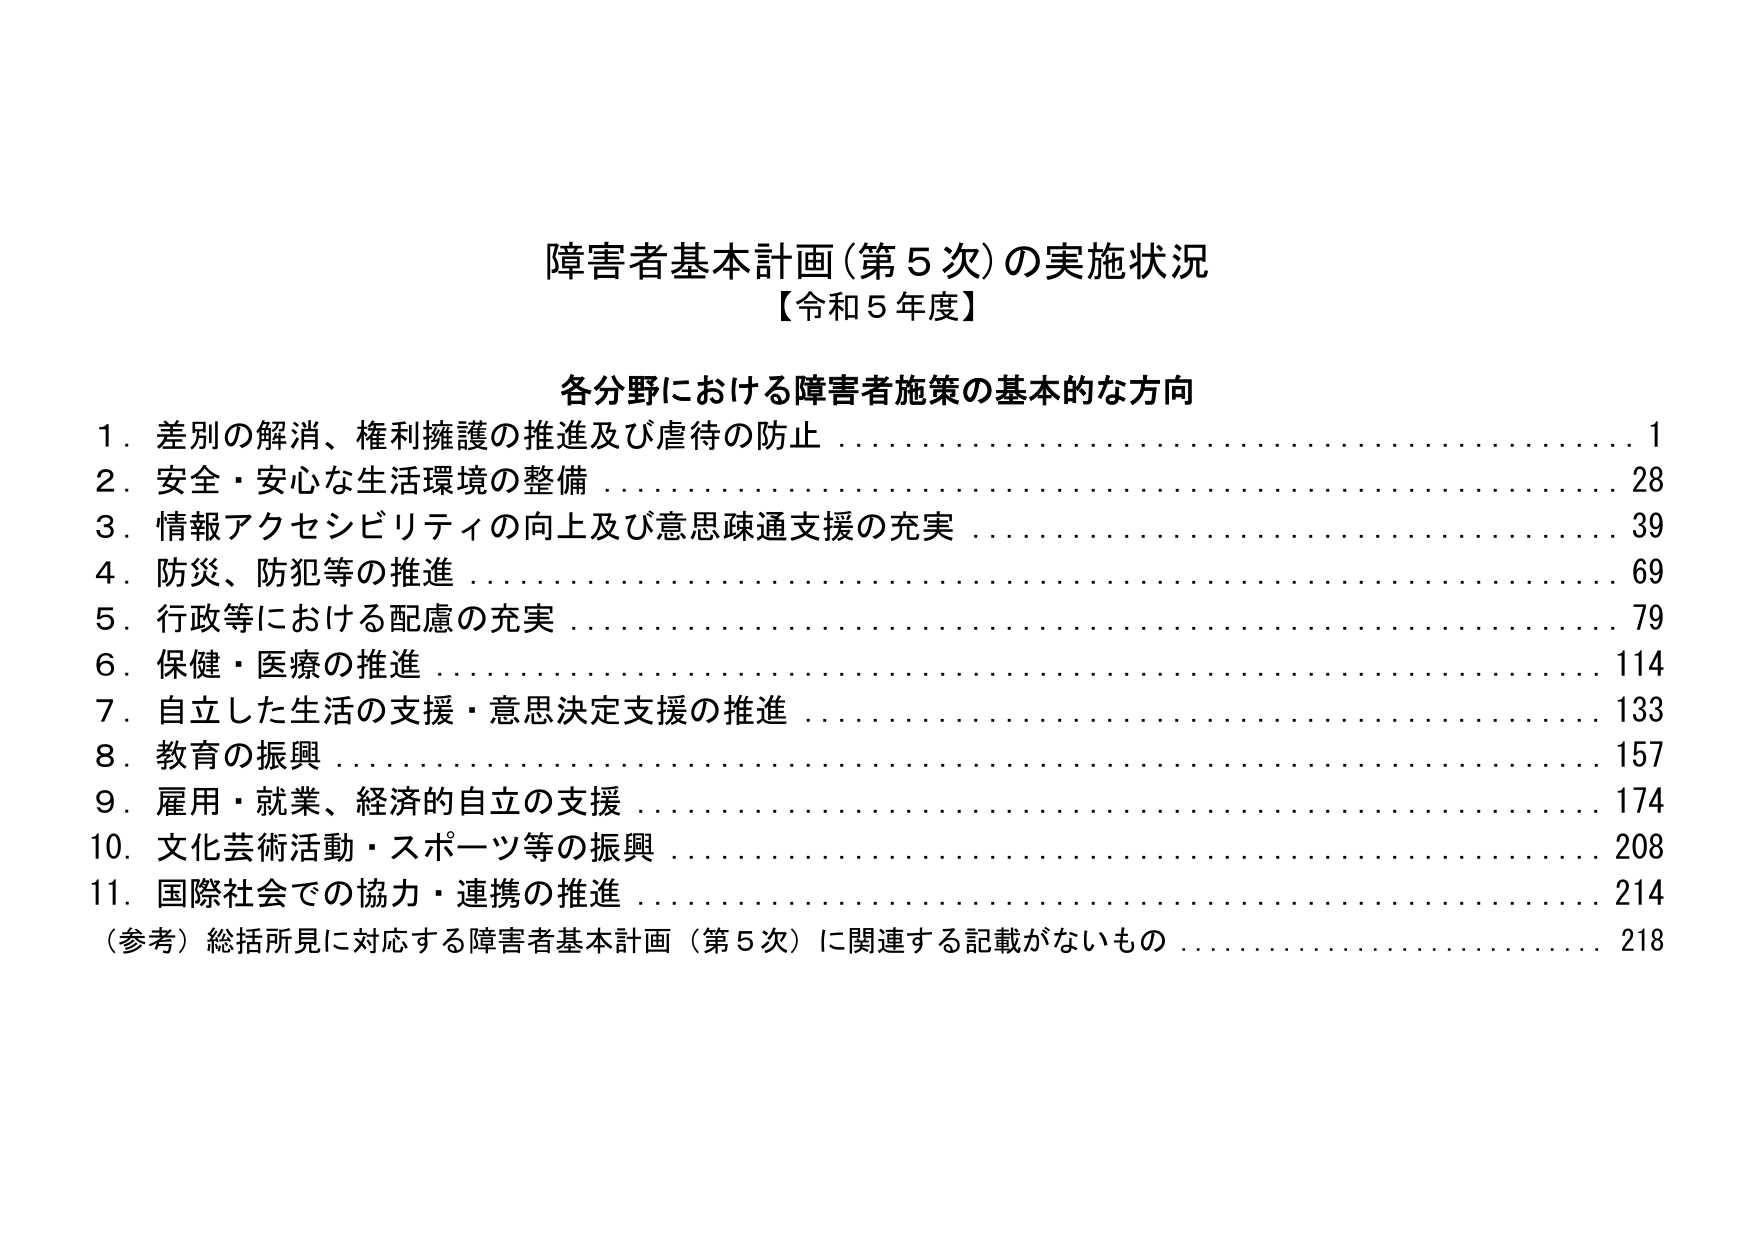
障害者基本計画（第５次）の実施状況
【令和５年度】

各分野における障害者施策の基本的な方向

１．差別の解消、権利擁護の推進及び虐待の防止........................ 1
２．安全・安心な生活環境の整備........................................... 28
３．情報アクセシビリティの向上及び意思疎通支援の充実................ 39
４．防災、防犯等の推進................................................... 69
５．行政等における配慮の充実........................................... 79
６．保健・医療の推進..................................................... 114
７．自立した生活の支援・意思決定支援の推進........................... 133
８．教育の振興........................................................... 157
９．雇用・就業、経済的自立の支援....................................... 174
10．文化芸術活動・スポーツ等の振興..................................... 208
11．国際社会での協力・連携の推進....................................... 214
（参考）総括所見に対応する障害者基本計画（第５次）に関連する記載がないもの................ 218